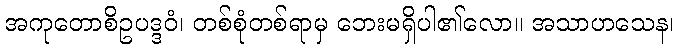
အကုတောစိဥပဒ္ဒဝံ၊ တစ်စုံတစ်ရာမှ ဘေးမရှိပါ၏လော။ အသာဟသေန၊